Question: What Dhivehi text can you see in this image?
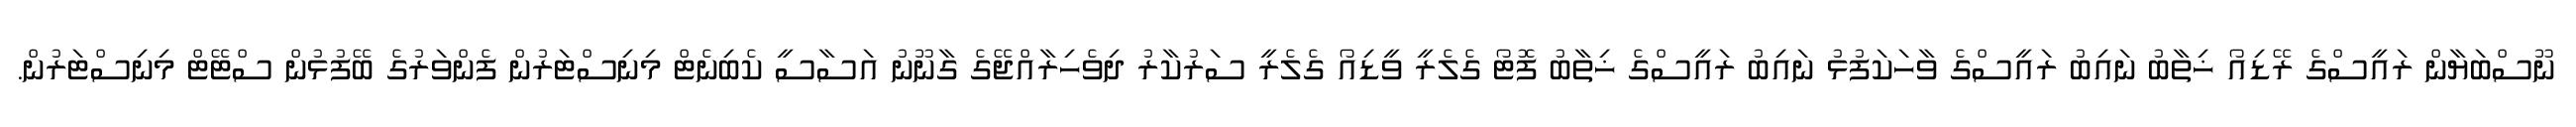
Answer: ނޫސްބަޔާން ރައީސްގެ ރޭޑިއޯ ޚިތާބު ނައިބު ރައީސްގެ ވާހަކަފުޅު ނައިބު ރައީސްގެ ޚިތާބު ފޮޓޯ ގެލެރީ ވީޑިއޯ ގެލެރީ ސަރުކާރު ދިވެހިރާއްޖޭގެ ގާނޫނު އަސާސީ ކެބިނެޓް މިނިސްޓަރުން ފެންވަރުގެ ބޭފުޅުން ސްޓޭޓް މިނިސްޓަރުން.